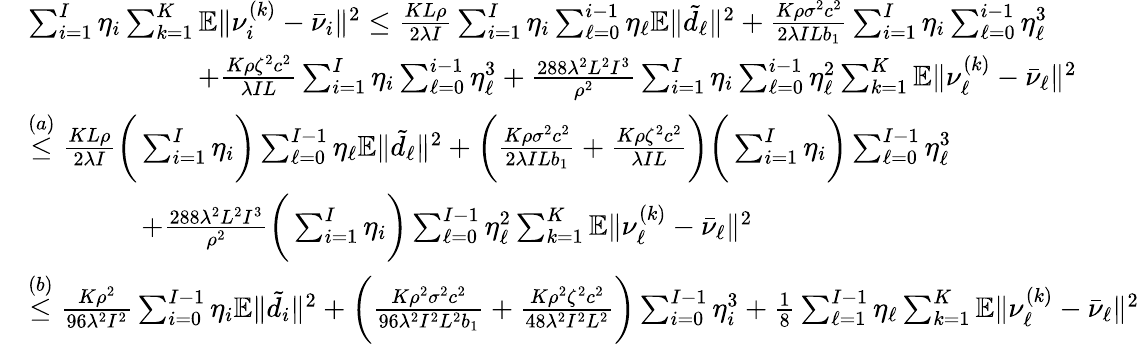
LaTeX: \begin{array}{rl}&{\sum_{i=1}^{I}\eta_{i}\sum_{k=1}^{K}\mathbb{E}\| \nu_{i}^{(k)}-\bar{\nu}_{i}\| ^{2}\leq\frac{KL\rho}{2\lambda I}\sum_{i=1}^{I}\eta_{i}\sum_{\ell=0}^{i-1}\eta_{\ell}\mathbb{E}\| \tilde{d}_{\ell}\| ^{2}+{\frac{K\rho\sigma^{2}c^{2}}{2\lambda ILb_{1}}}\sum_{i=1}^{I}\eta_{i}\sum_{\ell=0}^{i-1}\eta_{\ell}^{3}}\\ &{\qquad\qquad\qquad+{\frac{K\rho\zeta^{2}c^{2}}{\lambda IL}}\sum_{i=1}^{I}\eta_{i}\sum_{\ell=0}^{i-1}\eta_{\ell}^{3}+\frac{288\lambda^{2}L^{2}I^{3}}{\rho^{2}}\sum_{i=1}^{I}\eta_{i}\sum_{\ell=0}^{i-1}\eta_{\ell}^{2}\sum_{k=1}^{K}\mathbb{E}\| \nu_{\ell}^{(k)}-\bar{\nu}_{\ell}\| ^{2}}\\ &{\overset{(a)}{\leq}\frac{KL\rho}{2\lambda I}\bigg(\sum_{i=1}^{I}\eta_{i}\bigg)\sum_{\ell=0}^{I-1}\eta_{\ell}\mathbb{E}\| \tilde{d}_{\ell}\| ^{2}+\bigg({\frac{K\rho\sigma^{2}c^{2}}{2\lambda ILb_{1}}}+{\frac{K\rho\zeta^{2}c^{2}}{\lambda IL}}\bigg)\bigg(\sum_{i=1}^{I}\eta_{i}\bigg)\sum_{\ell=0}^{I-1}\eta_{\ell}^{3}}\\ &{\qquad\qquad+\frac{288\lambda^{2}L^{2}I^{3}}{\rho^{2}}\bigg(\sum_{i=1}^{I}\eta_{i}\bigg)\sum_{\ell=0}^{I-1}\eta_{\ell}^{2}\sum_{k=1}^{K}\mathbb{E}\| \nu_{\ell}^{(k)}-\bar{\nu}_{\ell}\| ^{2}}\\ &{\overset{(b)}{\leq}\frac{K\rho^{2}}{96\lambda^{2}I^{2}}\sum_{i=0}^{I-1}\eta_{i}\mathbb{E}\| \tilde{d}_{i}\| ^{2}+\bigg(\frac{K\rho^{2}\sigma^{2}c^{2}}{96\lambda^{2}I^{2}L^{2}b_{1}}+\frac{K\rho^{2}\zeta^{2}c^{2}}{48\lambda^{2}I^{2}L^{2}}\bigg)\sum_{i=0}^{I-1}\eta_{i}^{3}+\frac{1}{8}\sum_{\ell=1}^{I-1}\eta_{\ell}\sum_{k=1}^{K}\mathbb{E}\| \nu_{\ell}^{(k)}-\bar{\nu}_{\ell}\| ^{2}}\end{array}